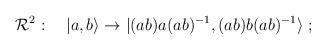
LaTeX: \begin{align*}{\cal R}^2:\quad |a,b\rangle\to |(ab)a(ab)^{-1},(ab)b(ab)^{-1}\rangle\; ;\end{align*}